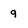
Character: 9